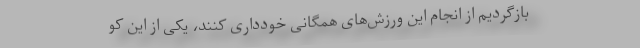
بازگردیم از انجام این ورزش‌های همگانی خودداری کنند، یکی از این کو